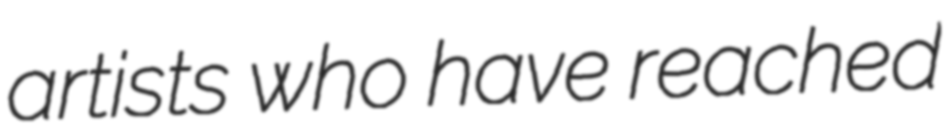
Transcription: artists who have reached